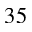
3 5